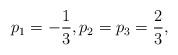
LaTeX: \begin{align*} p_1 = -\frac{1}{3}, p_2 = p_3 = \frac{2}{3},\end{align*}